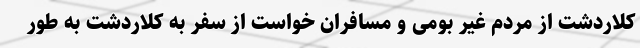
کلاردشت از مردم غیر بومی و مسافران خواست از سفر به کلاردشت به طور